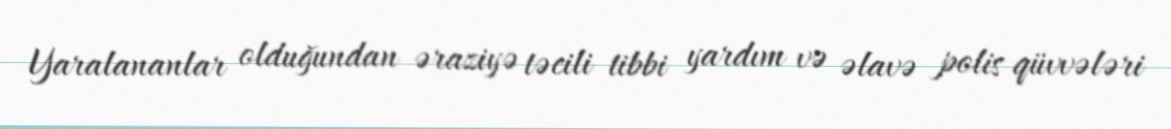
Yaralananlar olduğundan əraziyə təcili tibbi yardım və əlavə polis qüvvələri